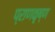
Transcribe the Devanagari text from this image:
प्राणकृष्ण